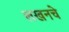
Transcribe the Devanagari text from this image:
लखनचे